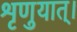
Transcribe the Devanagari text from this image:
शृणुयात्।